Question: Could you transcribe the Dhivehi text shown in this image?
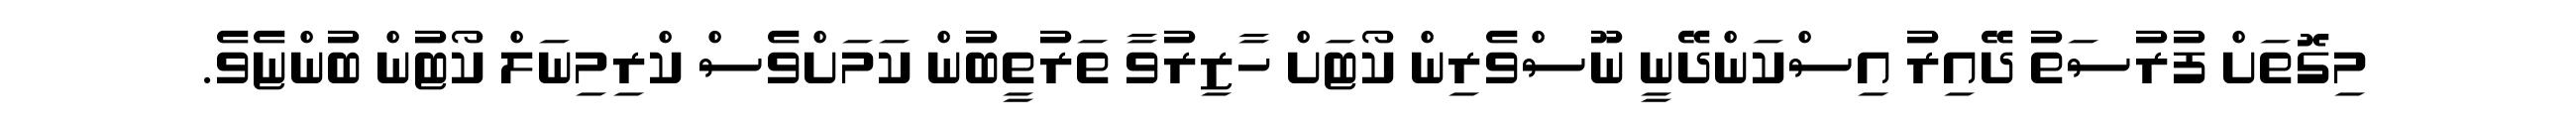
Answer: މިގޮތަށް ފުރުސަތު ދޭއިރު އިސްކަންދޭނީ ނޫސްވެރިން ކޯޓަށް ހާޒިރުވާ ތަރުތީބުން ކަމަށްވެސް ކްރިމިނަލް ކޯޓުން ބުންޏެވެ.